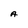
Character: A